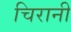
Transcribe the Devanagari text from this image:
चिरानी